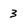
Character: 3